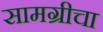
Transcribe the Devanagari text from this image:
सामग्रीचा